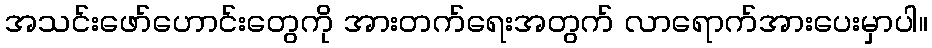
အသင်းဖော်ဟောင်းတွေကို အားတက်ရေးအတွက် လာရောက်အားပေးမှာပါ။